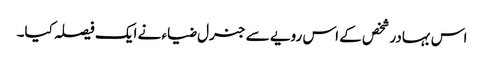
اس بہادر شخص کے اس رویے سے جنرل ضیاء نے ایک فیصلہ کیا۔